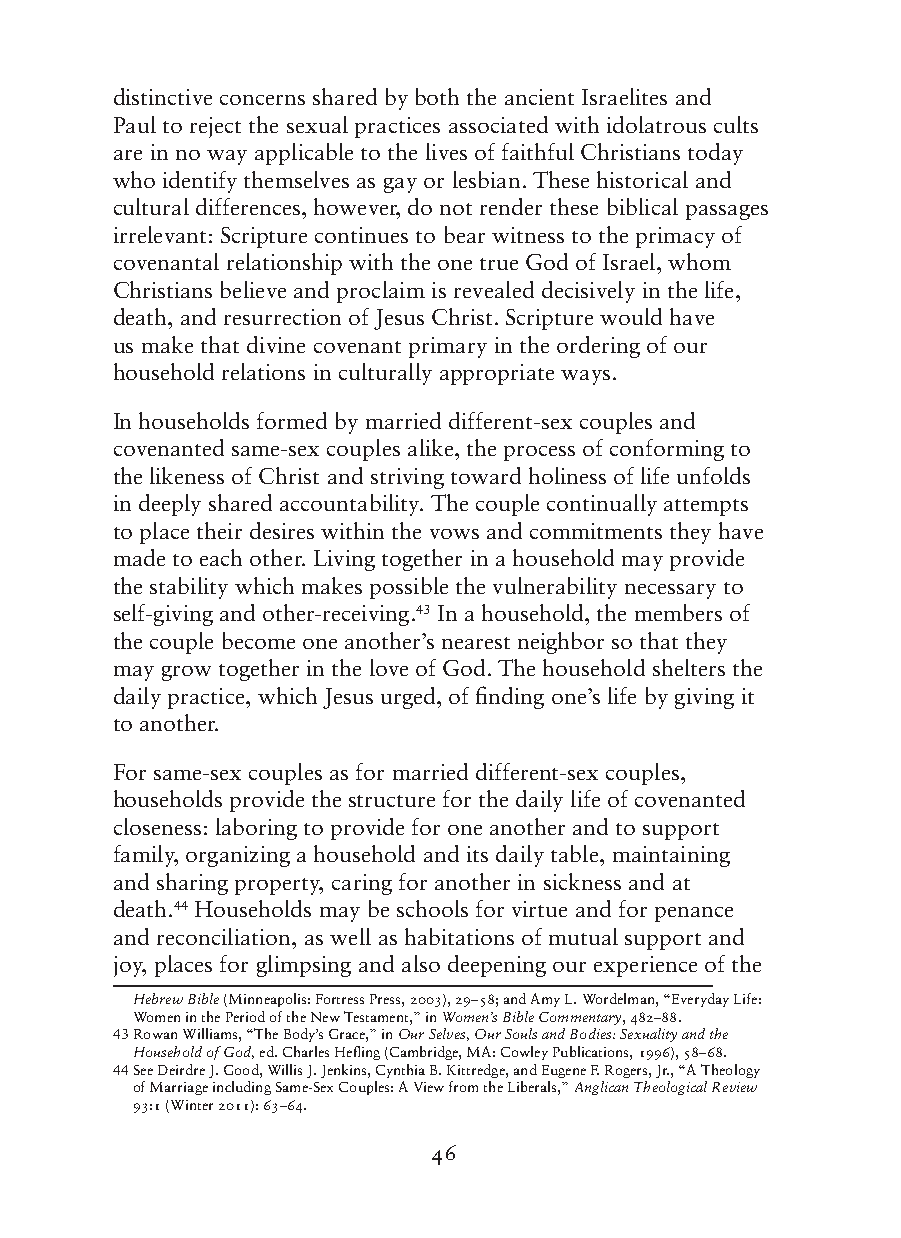
distinctive concerns shared by both the ancient Israelites and
 Paul to reject the sexual practices associated with idolatrous cults
 are in no way applicable to the lives of faithful Christians today
 who identify themselves as gay or lesbian. These historical and
 cultural differences, however, do not render these biblical passages
 irrelevant: Scripture continues to bear witness to the primacy of
 covenantal relationship with the one true God of Israel, whom
 Christians believe and proclaim is revealed decisively in the life,
 death, and resurrection of Jesus Christ. Scripture would have
 us make that divine covenant primary in the ordering of our
 household relations in culturally appropriate ways.
 In households formed by married different-sex couples and
 covenanted same-sex couples alike, the process of conforming to
 the likeness of Christ and striving toward holiness of life unfolds
 in deeply shared accountability. The couple continually attempts
 to place their desires within the vows and commitments they have
 made to each other. Living together in a household may provide
 the stability which makes possible the vulnerability necessary to
 self-giving and other-receiving.43 In a household, the members of
 the couple become one another’s nearest neighbor so that they
 may grow together in the love of God. The household shelters the
 daily practice, which Jesus urged, of finding one’s life by giving it
 to another.
 For same-sex couples as for married different-sex couples,
 households provide the structure for the daily life of covenanted
 closeness: laboring to provide for one another and to support
 family, organizing a household and its daily table, maintaining
 and sharing property, caring for another in sickness and at
 death.44 Households may be schools for virtue and for penance
 and reconciliation, as well as habitations of mutual support and
 joy, places for glimpsing and also deepening our experience of the
 Hebrew Bible (Minneapolis: Fortress Press, 2003), 29–58; and Amy L. Wordelman, “Everyday Life:
 Women in the Period of the New Testament,” in Women’s Bible Commentary, 482–88.
 43 R owan Williams, “The Body’s Grace,” in Our Selves, Our Souls and Bodies: Sexuality and the
 Household of God, ed. Charles Hefling (Cambridge, MA: Cowley Publications, 1996), 58–68.
 44 S ee Deirdre J. Good, Willis J. Jenkins, Cynthia B. Kittredge, and Eugene F. Rogers, Jr., “A Theology
 of Marriage including Same-Sex Couples: A View from the Liberals,” Anglican Theological Review
 93:1 (Winter 2011): 63–64.
 46